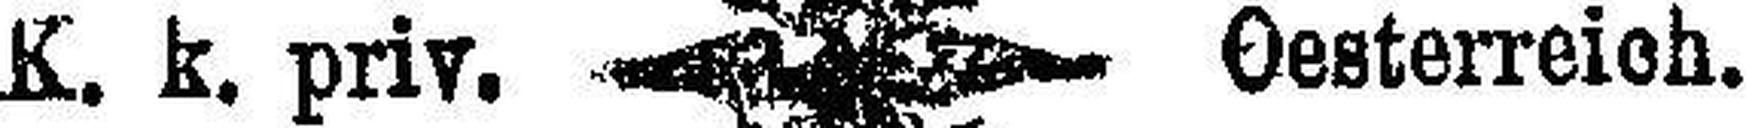
k. k. priv. Oesterreich.